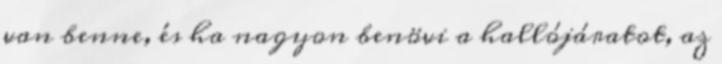
van benne, és ha nagyon benövi a hallójáratot, az